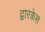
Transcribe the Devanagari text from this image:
द्वारकेस